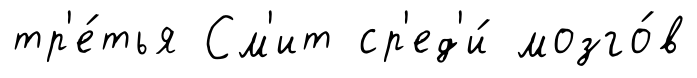
тр'е́тья См'ит ср'ед'и́ мозго́в